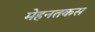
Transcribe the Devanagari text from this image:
मेहनतकस